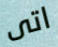
اتى